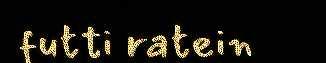
futti ratein